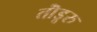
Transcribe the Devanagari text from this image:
तॊंडूरु